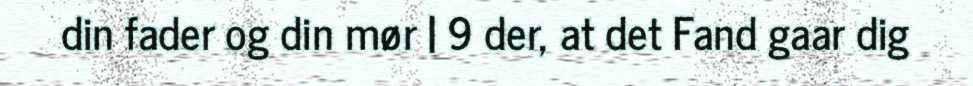
din fader og din mør | 9 der, at det Fand gaar dig